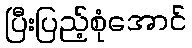
ပြီးပြည့်စုံအောင်